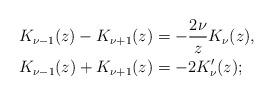
LaTeX: \begin{align*}K_{\nu-1}(z)-K_{\nu+1}(z) & =-\frac{2\nu}{z}K_{\nu}(z), \\K_{\nu-1}(z)+K_{\nu+1}(z) & = -2K_{\nu}'(z) ;\end{align*}